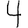
Digit: 4